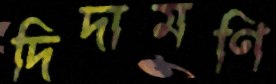
দিদামণি